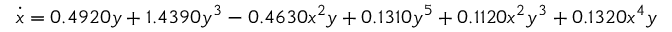
\dot { x } = 0 . 4 9 2 0 y + 1 . 4 3 9 0 y ^ { 3 } - 0 . 4 6 3 0 x ^ { 2 } y + 0 . 1 3 1 0 y ^ { 5 } + 0 . 1 1 2 0 x ^ { 2 } y ^ { 3 } + 0 . 1 3 2 0 x ^ { 4 } y